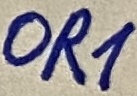
Text: OR1